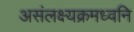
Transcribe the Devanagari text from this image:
असंलक्ष्यक्रमध्वनि